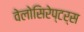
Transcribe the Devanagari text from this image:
वेलोसिरेप्टर्स